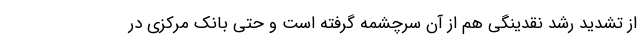
از تشدید رشد نقدینگی هم از آن سرچشمه گرفته است و حتی بانک مرکزی در